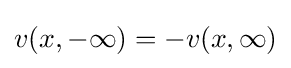
v(x,-\infty )=-v(x,\infty )